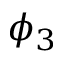
\phi _ { 3 }